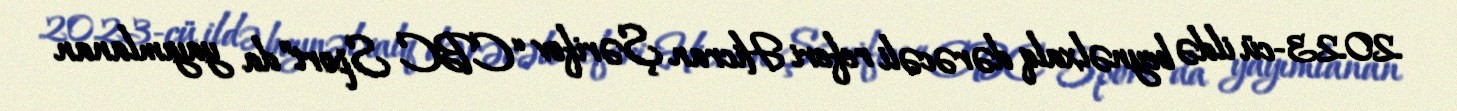
2023-cü ildə beynəlxalq dərəcəli referi Hicran Şərifov “CBC Sport”da yayımlanan